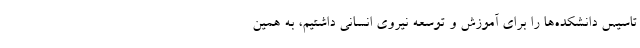
تاسیس دانشکده‌ها را برای آموزش و توسعه نیروی انسانی داشتیم، به همین